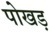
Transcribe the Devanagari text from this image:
पोखड़